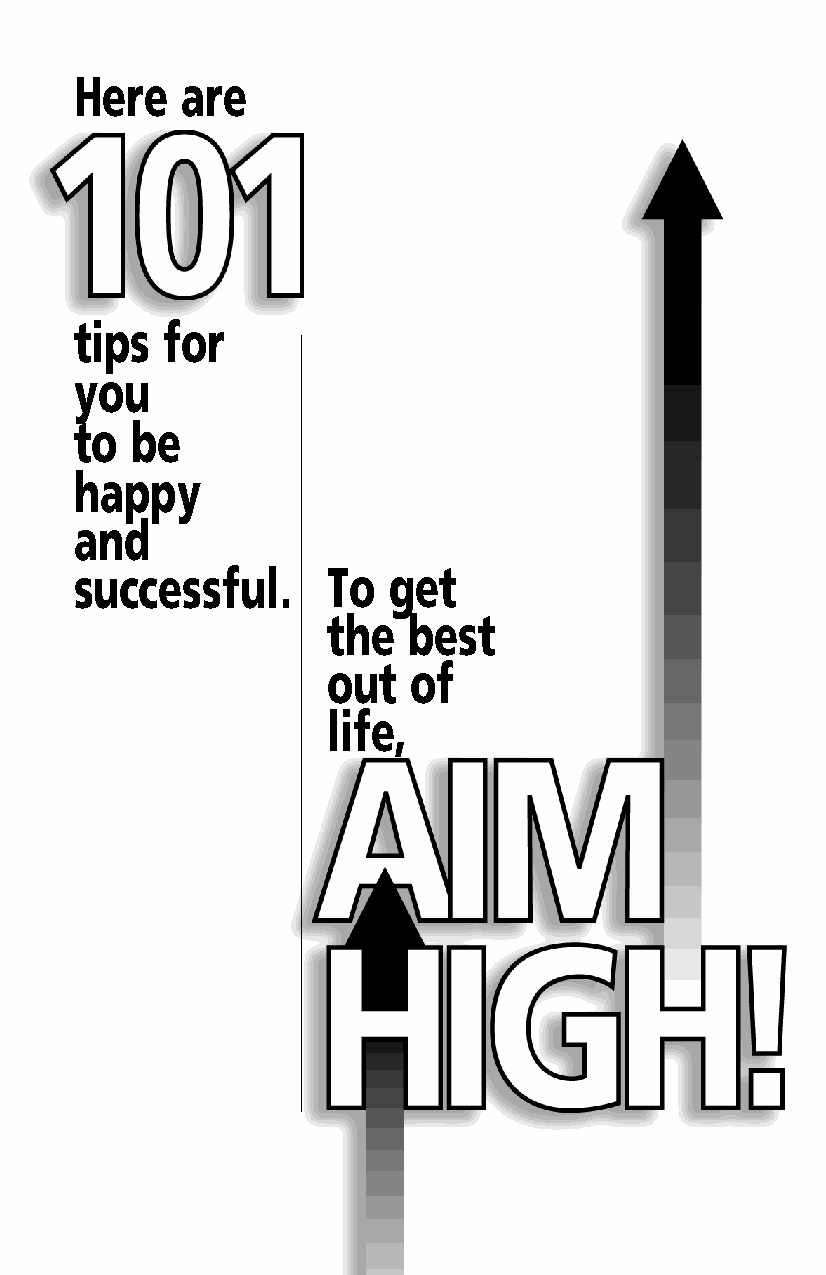
Here   are
 tips  for
 you
 to  be
 happy
 and
 successful.      To  get
 the  best
 out  of
 life,